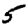
Digit: 5